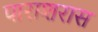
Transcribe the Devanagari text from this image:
पाराशरास